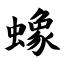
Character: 蟓